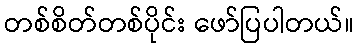
တစ်စိတ်တစ်ပိုင်း ဖော်ပြပါတယ်။